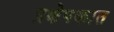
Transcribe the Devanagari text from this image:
प्रक्षेपकात